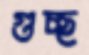
গুচ্ছ